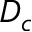
D _ { c }